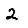
Digit: 2